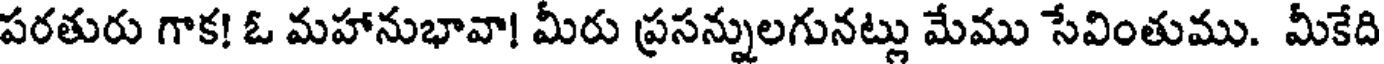
పరతురు గాక! ఓ మహానుభావా! మీరు ప్రసన్నులగునట్లు మేము సేవింతుము. మీకేది